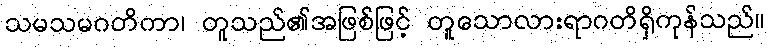
သမသမဂတိကာ၊ တူသည်၏အဖြစ်ဖြင့် တူသောလားရာဂတိရှိကုန်သည်။